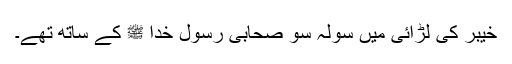
خیبر کی لڑائی میں سولہ سو صحابی رسول خدا ﷺ کے ساتھ تھے۔